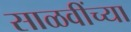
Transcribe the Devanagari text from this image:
साळवींच्या